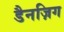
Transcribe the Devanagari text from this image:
डैनज़िग